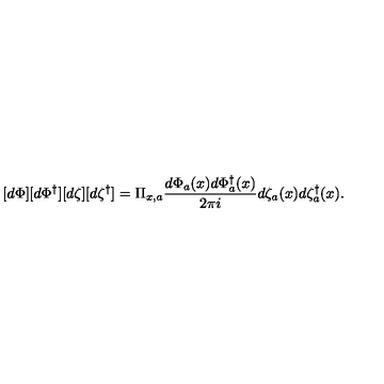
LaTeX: [ d \Phi ] [ d \Phi ^ { \dagger } ] [ d \zeta ] [ d \zeta ^ { \dagger } ] = \Pi _ { x , a } \frac { d \Phi _ { a } ( x ) d \Phi _ { a } ^ { \dagger } ( x ) } { 2 \pi i } d \zeta _ { a } ( x ) d \zeta _ { a } ^ { \dagger } ( x ) .